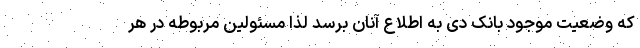
که وضعیت موجود بانک دی به اطلاع آنان برسد لذا مسئولین مربوطه در هر